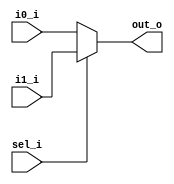
// This program was cloned from: https://github.com/mbaykenar/digital-logic-design
// License: Apache License 2.0

`timescale 1ns / 1ps
//////////////////////////////////////////////////////////////////////////////////
// Company: 
// Engineer: 
// 
// Design Name: 
// Module Name: mux_2_1_behav
// Project Name: 
// Target Devices: 
// Tool Versions: 
// Description: 
// 
// Dependencies: 
// 
// Revision:
// Revision 0.01 - File Created
// Additional Comments:
// 
//////////////////////////////////////////////////////////////////////////////////


module mux_2_1_behav
(
input i0_i,
input i1_i,
input sel_i,
output out_o
);

reg out;

always@(i0_i or i1_i or sel_i) begin
    if (sel_i == 1'b0) begin
        out = i0_i;
    end
    else begin
        out = i1_i;
    end
end

assign out_o = out;

endmodule